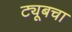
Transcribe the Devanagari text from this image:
ट्यूबचा